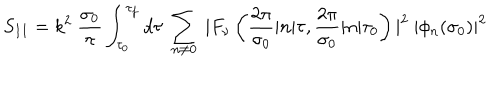
S _ { I I } = k ^ { 2 } ~ \frac { \sigma _ { 0 } } { \pi } \int _ { \tau _ { 0 } } ^ { \tau _ { f } } d \tau ~ \sum _ { n \neq 0 } ^ { } ~ | F _ { \nu } \left( \frac { 2 \pi } { \sigma _ { 0 } } | n | \tau , \frac { 2 \pi } { \sigma _ { 0 } } | n | \tau _ { 0 } \right) | ^ { 2 } ~ | \phi _ { n } ( \sigma _ { 0 } ) | ^ { 2 }